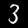
Label: 3